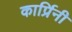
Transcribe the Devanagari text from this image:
कार्प्रिनी